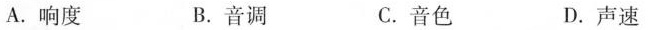
A.响度 B.音调 C.音色 D.声速